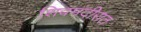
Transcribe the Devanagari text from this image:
शिवमंदीरात